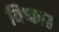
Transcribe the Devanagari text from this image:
विष्काह